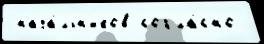
 нача́льн'иков согла́сно